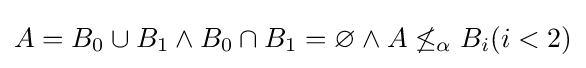
A=B_{0}\cup B_{1}\wedge B_{0}\cap B_{1}=\varnothing \wedge A\not \leq _{\alpha }B_{i}(i<2)